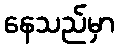
နေသည်မှာ